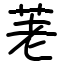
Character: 荖